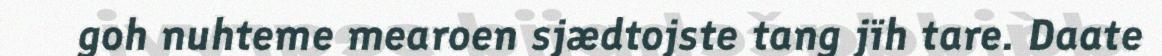
goh nuhteme mearoen sjædtojste tang jïh tare. Daate